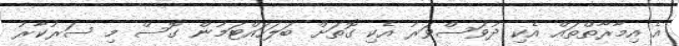
އެ އިމާރާތްތައް އެކި ދުވަސްވަރު އެކި ގޮތަށް ބަލަހައްޓަމުން ގޮސް މި ސަރުކާރު